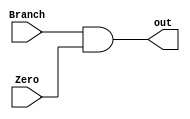
module And_gate (
input   wire    Branch,
input   wire    Zero,
output  wire    out
);

assign out = Branch & Zero ;

endmodule